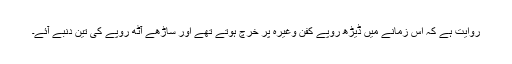
روایت ہے کہ اس زمانے میں ڈیڑھ روپے کفن وغیرہ پر خرچ ہوتے تھے اور ساڑھے آٹھ روپے کی تین دنبے آئے۔